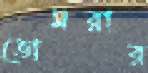
ভোমরার